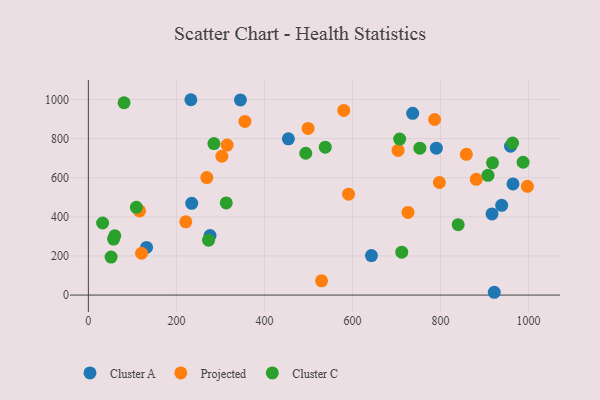
{"axis": {"x": "Engine Size", "y": "Profit"}, "legend": ["Cluster A", "Cluster C", "Projected"], "data": [{"x": "736.7", "y": 929.0, "type": "Cluster A"}, {"x": "964.5", "y": 568.2, "type": "Cluster A"}, {"x": "922.0", "y": 14.3, "type": "Cluster A"}, {"x": "276.4", "y": 304.0, "type": "Cluster A"}, {"x": "959.0", "y": 761.2, "type": "Cluster A"}, {"x": "790.4", "y": 750.7, "type": "Cluster A"}, {"x": "643.0", "y": 202.1, "type": "Cluster A"}, {"x": "234.8", "y": 468.9, "type": "Cluster A"}, {"x": "345.4", "y": 997.6, "type": "Cluster A"}, {"x": "916.9", "y": 415.0, "type": "Cluster A"}, {"x": "938.8", "y": 458.7, "type": "Cluster A"}, {"x": "454.3", "y": 798.7, "type": "Cluster A"}, {"x": "232.9", "y": 998.5, "type": "Cluster A"}, {"x": "132.1", "y": 243.6, "type": "Cluster A"}, {"x": "315.2", "y": 766.5, "type": "Projected"}, {"x": "499.1", "y": 851.6, "type": "Projected"}, {"x": "120.8", "y": 213.9, "type": "Projected"}, {"x": "591.0", "y": 515.5, "type": "Projected"}, {"x": "726.0", "y": 422.3, "type": "Projected"}, {"x": "881.1", "y": 591.4, "type": "Projected"}, {"x": "580.1", "y": 943.7, "type": "Projected"}, {"x": "529.7", "y": 73.0, "type": "Projected"}, {"x": "703.4", "y": 739.1, "type": "Projected"}, {"x": "797.3", "y": 575.4, "type": "Projected"}, {"x": "303.3", "y": 709.7, "type": "Projected"}, {"x": "221.3", "y": 374.4, "type": "Projected"}, {"x": "997.2", "y": 555.8, "type": "Projected"}, {"x": "858.5", "y": 719.6, "type": "Projected"}, {"x": "269.0", "y": 600.7, "type": "Projected"}, {"x": "116.3", "y": 429.9, "type": "Projected"}, {"x": "786.5", "y": 897.4, "type": "Projected"}, {"x": "355.6", "y": 887.5, "type": "Projected"}, {"x": "81.1", "y": 983.1, "type": "Cluster C"}, {"x": "32.4", "y": 368.4, "type": "Cluster C"}, {"x": "907.7", "y": 611.9, "type": "Cluster C"}, {"x": "753.0", "y": 751.0, "type": "Cluster C"}, {"x": "109.0", "y": 448.7, "type": "Cluster C"}, {"x": "273.0", "y": 280.8, "type": "Cluster C"}, {"x": "711.9", "y": 219.4, "type": "Cluster C"}, {"x": "918.0", "y": 675.9, "type": "Cluster C"}, {"x": "963.5", "y": 777.4, "type": "Cluster C"}, {"x": "987.5", "y": 678.8, "type": "Cluster C"}, {"x": "285.2", "y": 774.6, "type": "Cluster C"}, {"x": "538.1", "y": 756.2, "type": "Cluster C"}, {"x": "60.0", "y": 303.2, "type": "Cluster C"}, {"x": "840.0", "y": 359.7, "type": "Cluster C"}, {"x": "57.3", "y": 286.1, "type": "Cluster C"}, {"x": "313.2", "y": 471.1, "type": "Cluster C"}, {"x": "493.8", "y": 724.9, "type": "Cluster C"}, {"x": "51.6", "y": 194.1, "type": "Cluster C"}, {"x": "707.1", "y": 797.4, "type": "Cluster C"}]}